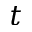
t